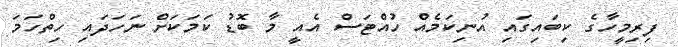
ފިރިމީހާގެ ކިބައިގައި އުނިކަމެއް ހުއްޓަސް އެއީ މާ ބޮޑު ކަމަކަށް ނަހަދައި ހިތްހަމަ